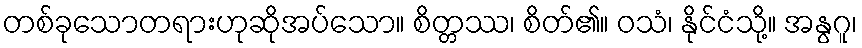
တစ်ခုသောတရားဟုဆိုအပ်သော။ စိတ္တဿ၊ စိတ်၏။ ဝသံ၊ နိုင်ငံသို့။ အနွဂူ၊